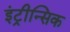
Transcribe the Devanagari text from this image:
इंट्रीन्सिक